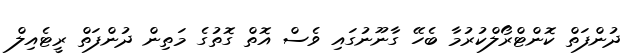
ދުންފަތް ކޮންޓްރޯލްކުރުމާ ބެހޭ ގާނޫނުގައި ވެސް އޮތް ގޮތުގެ މަތިން ދުންފަތް ރީޓެއިލް